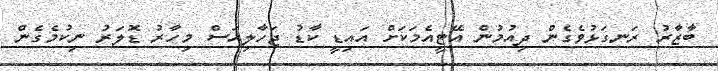
ބާޒާރު ރަނގަޅުވެގެން ދިއުމުން އޭޓީއެމަކަށް އައިޑީ ކާޑު ޖަހާލިއަސް މިހާރު ޑޮލަރު ނިކުމެގެން